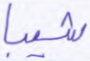
شيبا